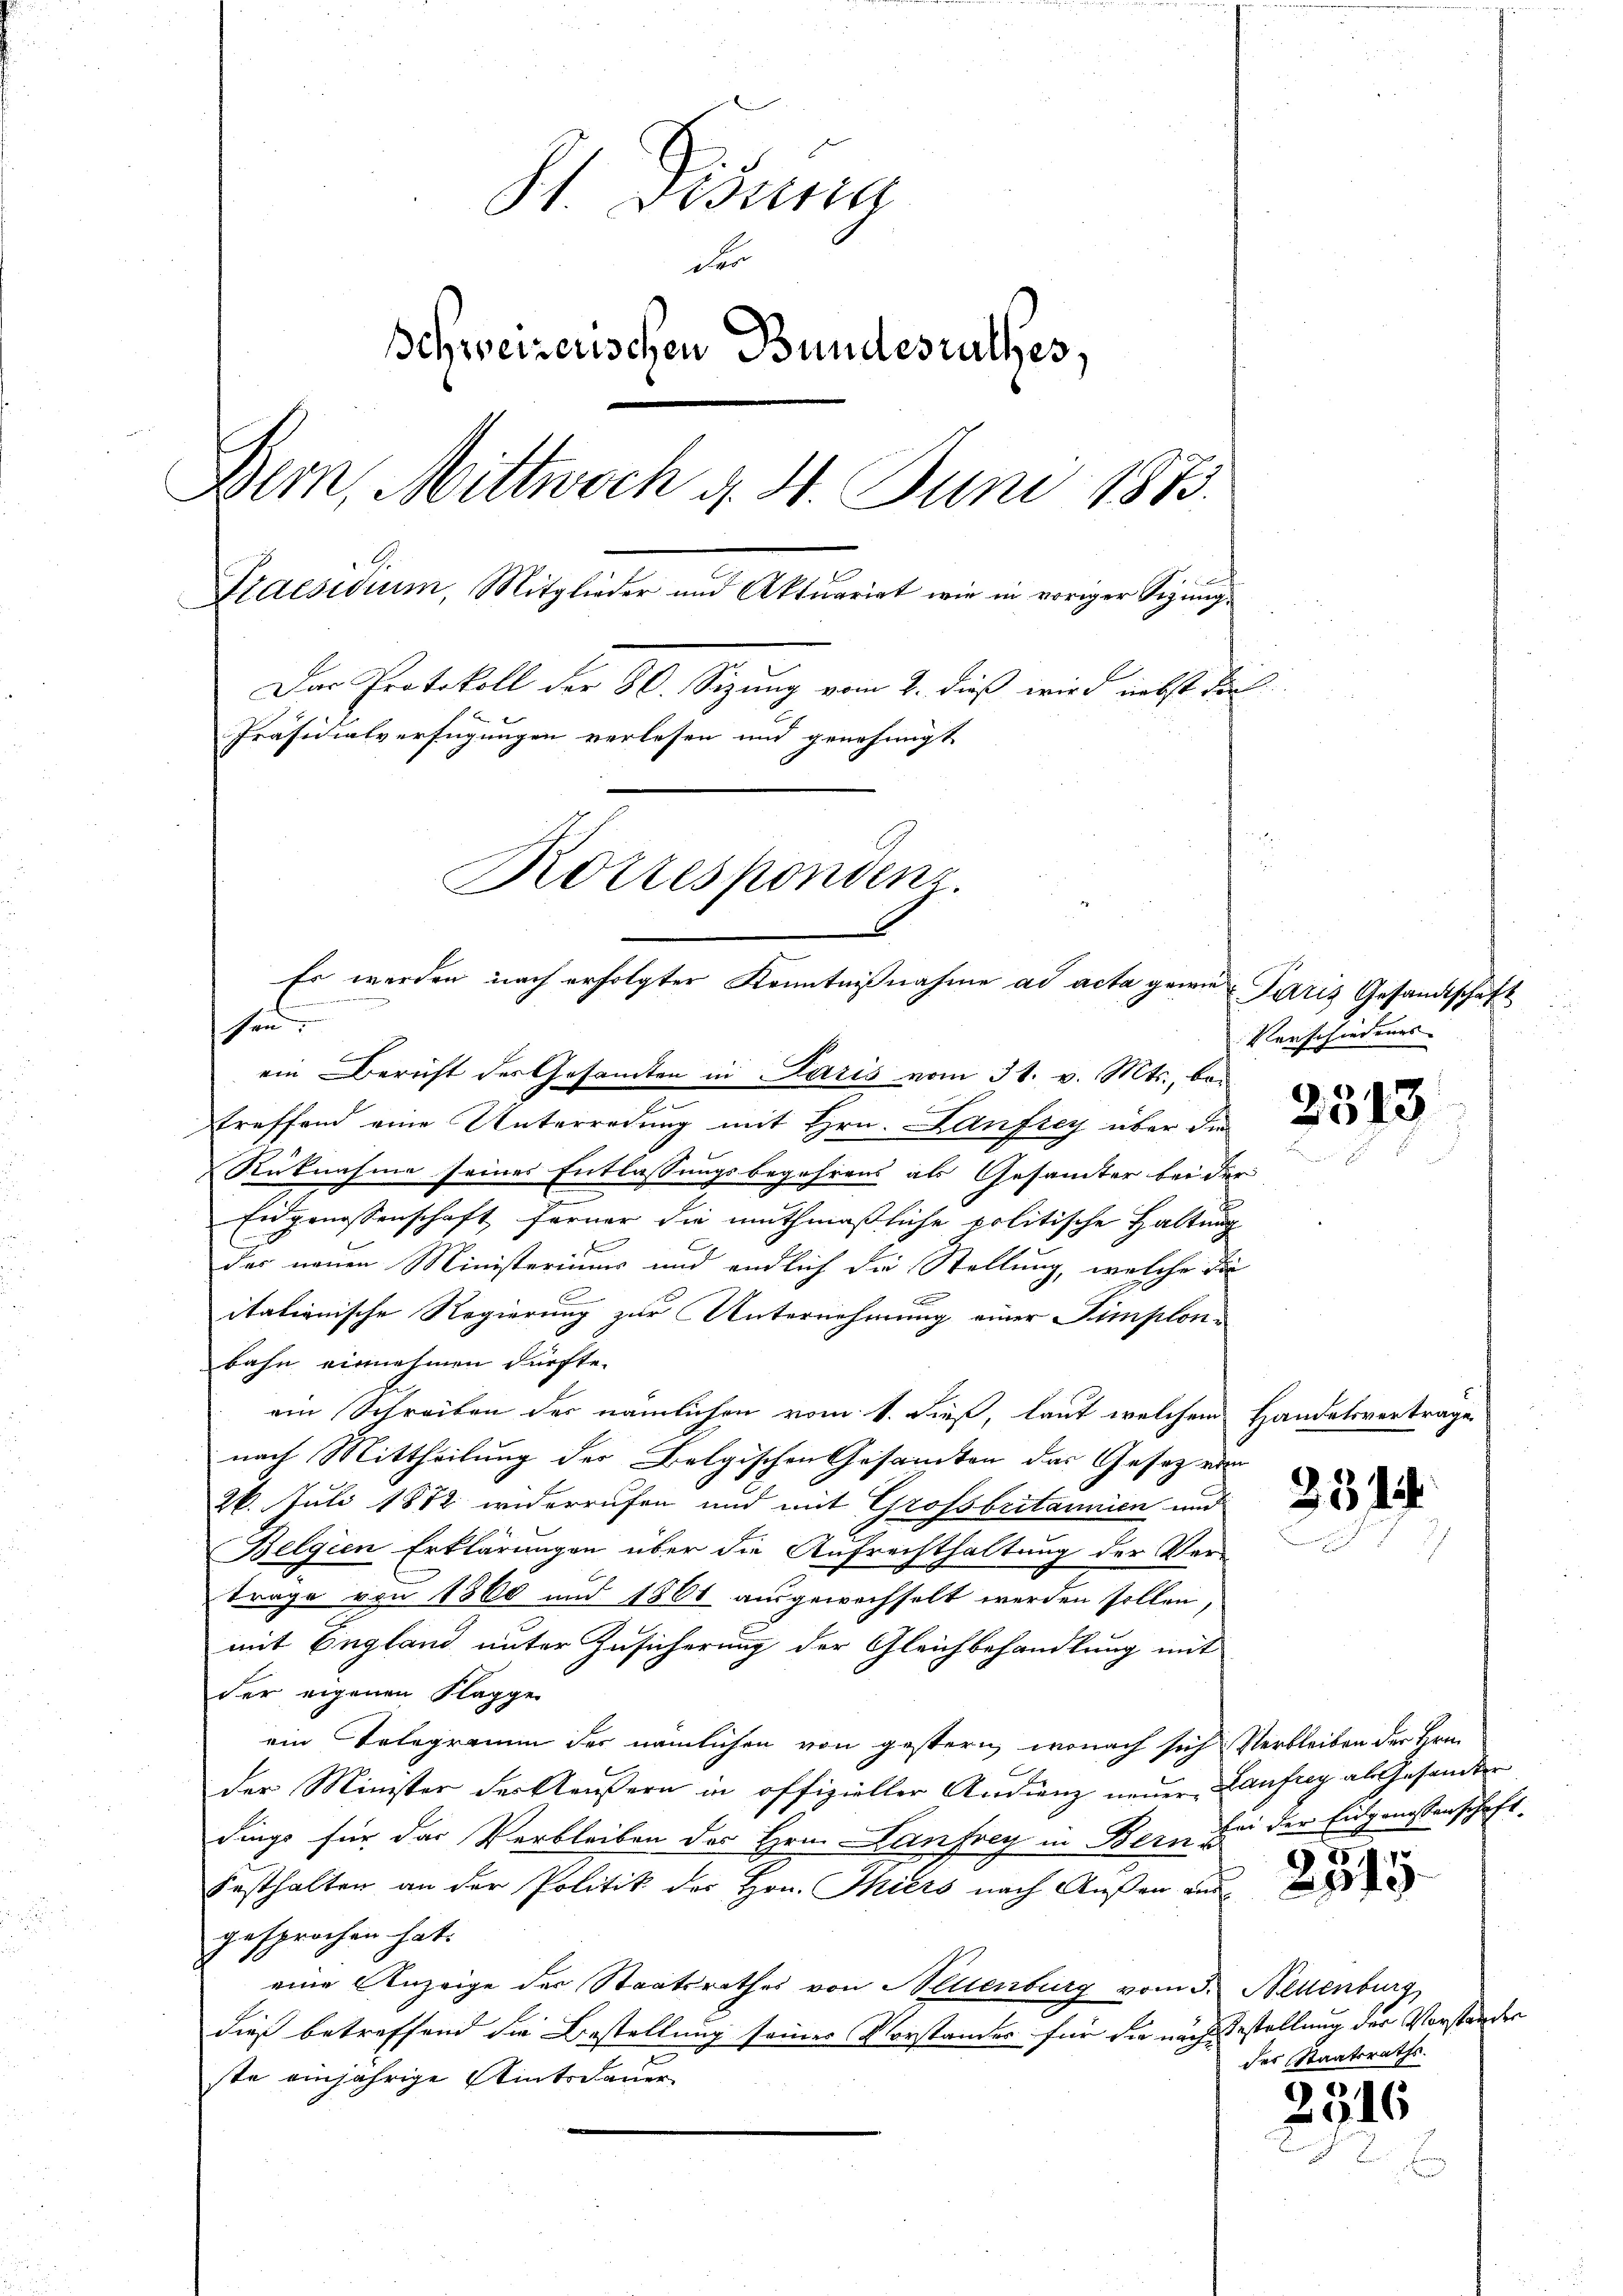
St. Gesung
der
Schweizerischen Bundesrathes,
Bern, Mittwoch d. 4. Juni 1873.
Praesidium, Mitglieder und Aktuariat wie in voriger Sigung.
Das Protokoll der 30. Sizung vom 2. dieß wird nebst die
Präsidialverfügungen verlesen und genehmigt
Rottespondenz
Es werden nach erfolgter Kenntnißnahme ad acta gewie¬

1
sen.

ein Bericht der Gesamten in Paris vom 31. v. Mts., bei
x
straffend eine Unterredung mit Hrn. Lanftey über die
Rücknahme seines Entlassungsbegehrens als Gesamter bei der
e
Eidgenossenschaft ferner die muthmaßliche politische Haltung
Der
das neuen Ministeriums und endlich die Stellung, welche die
itationische Regierung zur Unternehmung einer Simplonbahn einnehmen dürfte.
ein Schreiben der nämlichen vom 1. dieß, laut welchem Handelsvertrage
nach Mittheilung der Belgischen Gesamten des Gesetz von
26. Juli 1872 widerrufen und mit Grossbritannien und
Belgien Erklärungen über die Aufrechthaltung der Vertrage von 1860 und 1861 ausgewachselt werden sollen,
mit England unter Zusicherung der Gleichbehandlung mit
der eigenen Klagge
ein Telegramm der nämlichen von gestern, wonach sich Verbleiben der Hrn.
der Minister der Klausern in offizieller Andrenz neuer Laufrig als Gesandter
dings für das Verbleiben des Hrn. Lanfrey in Bern bei der Eidgenossenschaft.
Festhalten an der Politik des Hrn. Thiers nach Außen ausgesprochen hat.
eine Anzeige der Staatsrathes von Allenburg vom 3. Neuenburg,
2
dieß betreffend die Bestellung seines Vorstandes für die nach Bestellung der Vorständer
ste einjährige Wintsdauer

Paris Gesandtschaft
Verschiedenes

2313

231

G 251
40

der Staatsraths.

2516